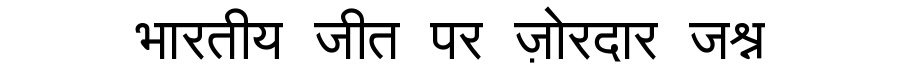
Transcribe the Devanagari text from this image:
भारतीय जीत पर ज़ोरदार जश्न